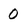
Character: 0